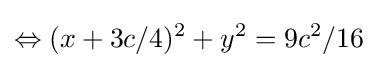
\Leftrightarrow (x+3c/4)^{2}+y^{2}=9c^{2}/16